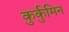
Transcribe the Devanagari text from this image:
कुर्कुमिन